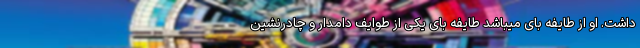
داشت. او از طایفه بای میباشد طایفه بای یکی از طوایف دامدار و چادرنشین